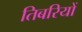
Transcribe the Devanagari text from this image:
तिबरियों